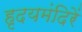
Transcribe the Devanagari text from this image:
हृदयमंदिरें